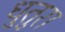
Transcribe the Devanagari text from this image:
धुतुरा